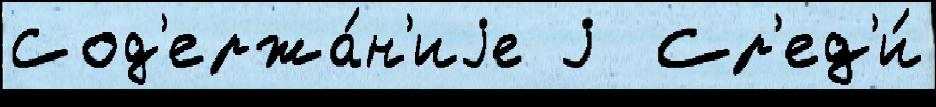
Сод'ержа́н'иjе j  Ср'ед'и́